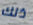
ذلك